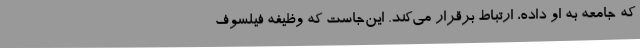
که جامعه به او داده، ارتباط برقرار می‌کند. این‌جاست که وظیفه فیلسوف